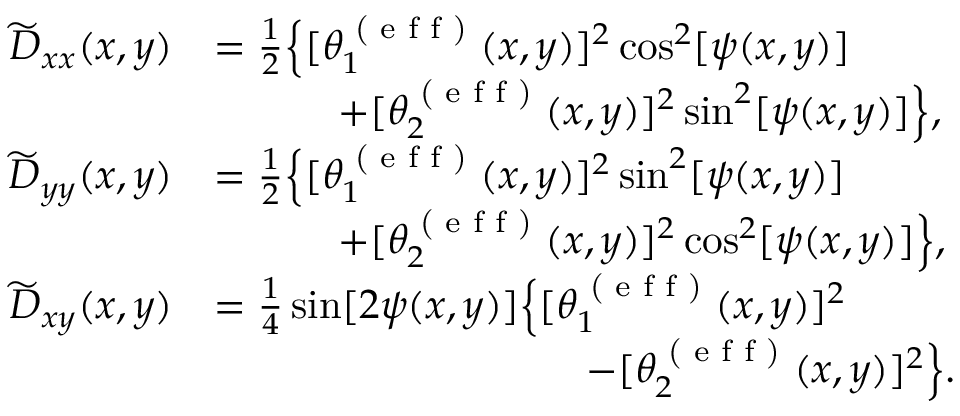
\begin{array} { r l } { \widetilde { D } _ { x x } ( x , y ) } & { = \frac { 1 } { 2 } \Big \{ [ \theta _ { 1 } ^ { \textrm { ( e f f ) } } ( x , y ) ] ^ { 2 } \cos ^ { 2 } [ \psi ( x , y ) ] } \\ & { \quad \quad \quad + [ \theta _ { 2 } ^ { \textrm { ( e f f ) } } ( x , y ) ] ^ { 2 } \sin ^ { 2 } [ \psi ( x , y ) ] \Big \} , } \\ { \widetilde { D } _ { y y } ( x , y ) } & { = \frac { 1 } { 2 } \Big \{ [ \theta _ { 1 } ^ { \textrm { ( e f f ) } } ( x , y ) ] ^ { 2 } \sin ^ { 2 } [ \psi ( x , y ) ] } \\ & { \quad \quad \quad + [ \theta _ { 2 } ^ { \textrm { ( e f f ) } } ( x , y ) ] ^ { 2 } \cos ^ { 2 } [ \psi ( x , y ) ] \Big \} , } \\ { \widetilde { D } _ { x y } ( x , y ) } & { = \frac { 1 } { 4 } \sin [ 2 \psi ( x , y ) ] \Big \{ [ \theta _ { 1 } ^ { \textrm { ( e f f ) } } ( x , y ) ] ^ { 2 } } \\ & { \quad \quad \quad \quad \quad \quad \quad \quad \quad - [ \theta _ { 2 } ^ { \textrm { ( e f f ) } } ( x , y ) ] ^ { 2 } \Big \} . } \end{array}